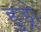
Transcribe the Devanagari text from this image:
हुड्रो